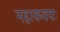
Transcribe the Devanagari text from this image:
महाकवयः